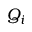
Q _ { i }